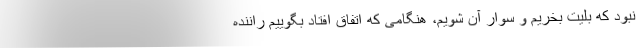
نبود که بلیت بخریم و سوار آن شویم، هنگامی که اتفاق افتاد بگوییم راننده